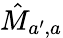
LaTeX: \hat{M}_{a^{\prime},a}